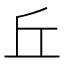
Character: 丘